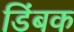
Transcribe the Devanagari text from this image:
डिंबक